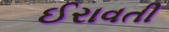
ઈરાવતી